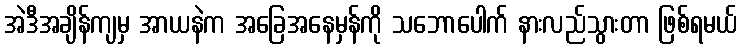
အဲဒီအချိန်ကျမှ အာယနဲက အခြေအနေမှန်ကို သဘောပေါက် နားလည်သွားတာ ဖြစ်ရမယ်